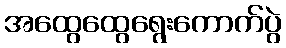
အထွေထွေရွေးကောက်ပွဲ